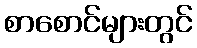
စာစောင်များတွင်